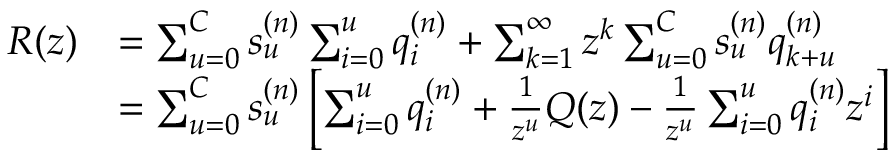
\begin{array} { r l } { R ( z ) } & { = \sum _ { u = 0 } ^ { C } s _ { u } ^ { ( n ) } \sum _ { i = 0 } ^ { u } q _ { i } ^ { ( n ) } + \sum _ { k = 1 } ^ { \infty } z ^ { k } \sum _ { u = 0 } ^ { C } s _ { u } ^ { ( n ) } q _ { k + u } ^ { ( n ) } } \\ & { = \sum _ { u = 0 } ^ { C } s _ { u } ^ { ( n ) } \left[ \sum _ { i = 0 } ^ { u } q _ { i } ^ { ( n ) } + \frac { 1 } { z ^ { u } } Q ( z ) - \frac { 1 } { z ^ { u } } \sum _ { i = 0 } ^ { u } q _ { i } ^ { ( n ) } z ^ { i } \right] } \end{array}